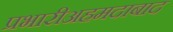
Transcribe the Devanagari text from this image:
प्रभारीअहमदाबाद